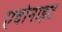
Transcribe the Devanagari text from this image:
एवोनाइट